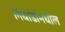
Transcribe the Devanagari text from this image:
गिधाडांमधील